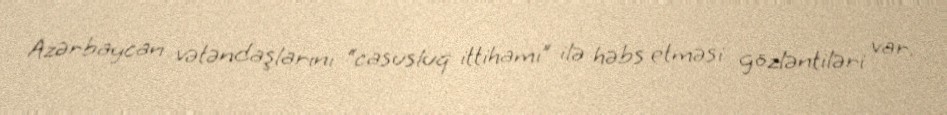
Azərbaycan vətəndaşlarını “casusluq ittihamı” ilə həbs etməsi gözləntiləri var.